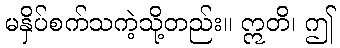
မနှိပ်စက်သကဲ့သို့တည်း။ ဣတိ၊ ဤ